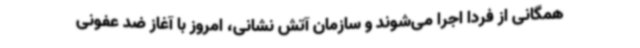
همگانی از فردا اجرا می‌شوند و سازمان آتش نشانی، امروز با آغاز ضد عفونی